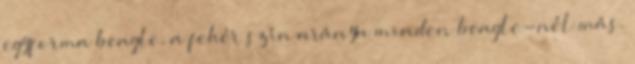
egyforma beagle, a fehér szín aránya minden beagle-nél más.